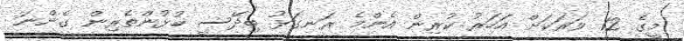
މީގެ 12 ވަރަކަށް އަހަރު ކުރިން އެންމެ ރަނގަޅު ބިދޭސީ ކުޅުންތެރިން ގެންނަ